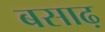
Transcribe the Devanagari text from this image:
बसाढ़